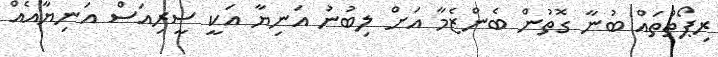
ރިޕޯތްތައް ބުނާ ގޮތުން ބެންޒެމާ އަށް ލިބުނު އަނިޔާ އަކީ ސީރިއަސް އަނިޔާއެއް